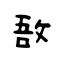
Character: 敔